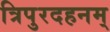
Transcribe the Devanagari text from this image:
त्रिपुरदहनम्